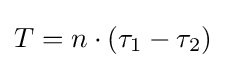
T=n\cdot (\tau _{1}-\tau _{2})